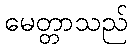
မေတ္တာသည်